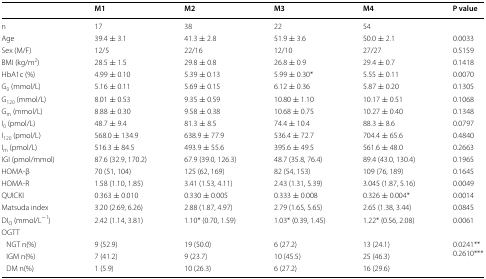
<table><thead><tr><td></td><td><b>M1</b></td><td><b>M2</b></td><td><b>M3</b></td><td><b>M4</b></td><td><b>P value</b></td></tr></thead><tbody><tr><td>n</td><td>17</td><td>38</td><td>22</td><td>54</td><td></td></tr><tr><td>Age</td><td>39.4 ± 3.1</td><td>41.3 ± 2.8</td><td>51.9 ± 3.6</td><td>50.0 ± 2.1</td><td>0.0033</td></tr><tr><td>Sex (M/F)</td><td>12/5</td><td>22/16</td><td>12/10</td><td>27/27</td><td>0.5159</td></tr><tr><td>BMI (kg/m<sup>2</sup>)</td><td>28.5 ± 1.5</td><td>29.8 ± 0.8</td><td>26.8 ± 0.9</td><td>29.4 ± 0.7</td><td>0.1418</td></tr><tr><td>HbA1c (%)</td><td>4.99 ± 0.10</td><td>5.39 ± 0.13</td><td>5.99 ± 0.30*</td><td>5.55 ± 0.11</td><td>0.0070</td></tr><tr><td>G<sub>0</sub> (mmol/L)</td><td>5.16 ± 0.11</td><td>5.69 ± 0.15</td><td>6.12 ± 0.36</td><td>5.87 ± 0.20</td><td>0.1305</td></tr><tr><td>G<sub>120</sub> (mmol/L)</td><td>8.01 ± 0.53</td><td>9.35 ± 0.59</td><td>10.80 ± 1.10</td><td>10.17 ± 0.51</td><td>0.1068</td></tr><tr><td>G<sub>m</sub> (mmol/L)</td><td>8.88 ± 0.30</td><td>9.58 ± 0.38</td><td>10.68 ± 0.75</td><td>10.27 ± 0.40</td><td>0.1348</td></tr><tr><td>I<sub>0</sub> (pmol/L)</td><td>48.7 ± 9.4</td><td>81.3 ± 8.5</td><td>74.4 ± 10.4</td><td>88.3 ± 8.6</td><td>0.0797</td></tr><tr><td>I<sub>120</sub> (pmol/L)</td><td>568.0 ± 134.9</td><td>638.9 ± 77.9</td><td>536.4 ± 72.7</td><td>704.4 ± 65.6</td><td>0.4840</td></tr><tr><td>I<sub>m</sub> (pmol/L)</td><td>516.3 ± 84.5</td><td>493.9 ± 55.6</td><td>395.6 ± 49.5</td><td>561.6 ± 48.0</td><td>0.2663</td></tr><tr><td>IGI (pmol/mmol)</td><td>87.6 (32.9, 170.2)</td><td>67.9 (39.0, 126.3)</td><td>48.7 (35.8, 76.4)</td><td>89.4 (43.0, 130.4)</td><td>0.1965</td></tr><tr><td>HOMA-β</td><td>70 (51, 104)</td><td>125 (62, 169)</td><td>82 (54, 153)</td><td>109 (76, 189)</td><td>0.1645</td></tr><tr><td>HOMA-R</td><td>1.58 (1.10, 1.85)</td><td>3.41 (1.53, 4.11)</td><td>2.43 (1.31, 5.39)</td><td>3.045 (1.87, 5.16)</td><td>0.0049</td></tr><tr><td>QUICKI</td><td>0.363 ± 0.010</td><td>0.330 ± 0.005</td><td>0.333 ± 0.008</td><td>0.326 ± 0.004*</td><td>0.0014</td></tr><tr><td>Matsuda index</td><td>3.20 (2.69, 6.26)</td><td>2.88 (1.87, 4.97)</td><td>2.79 (1.65, 5.65)</td><td>2.65 (1.38, 3.44)</td><td>0.0845</td></tr><tr><td>DI<sub>O</sub> (mmol/L<sup>−1</sup>)</td><td>2.42 (1.14, 3.81)</td><td>1.10* (0.70, 1.59)</td><td>1.03* (0.39, 1.45)</td><td>1.22* (0.56, 2.08)</td><td>0.0061</td></tr><tr><td colspan="6">OGTT</td></tr><tr><td> NGT n(%)</td><td>9 (52.9)</td><td>19 (50.0)</td><td>6 (27.2)</td><td>13 (24.1)</td><td rowspan="3">0.0241**0.2610***</td></tr><tr><td> IGM n(%)</td><td>7 (41.2)</td><td>9 (23.7)</td><td>10 (45.5)</td><td>25 (46.3)</td></tr><tr><td> DM n(%)</td><td>1 (5.9)</td><td>10 (26.3)</td><td>6 (27.2)</td><td>16 (29.6)</td></tr></tbody></table>